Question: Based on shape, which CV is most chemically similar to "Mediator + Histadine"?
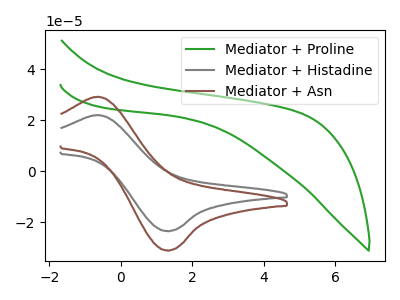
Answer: <think>The green curve "Mediator + Proline" has no peaks. The gray curve "Mediator + Histadine" has an anodic peak at (-0.65V, 22.10uA) and a cathodic peak at (1.30V, -23.35uA). The brown curve "Mediator + Asn" has an anodic peak at (-0.65V, 29.30uA) and a cathodic peak at (1.30V, -30.95uA).
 "Mediator + Proline" and "Mediator + Histadine" have a different number of peaks. "Mediator + Proline" and "Mediator + Asn" have a different number of peaks. All the peaks in "Mediator + Histadine" have a peak in "Mediator + Asn" at the same potential. Every peak in "Mediator + Histadine" is lower than every peak in "Mediator + Asn".</think>
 <answer>The CV with the most similar shape to "Mediator + Asn" is "Mediator + Histadine".</answer>
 <eval>"Mediator + Histadine"</eval>